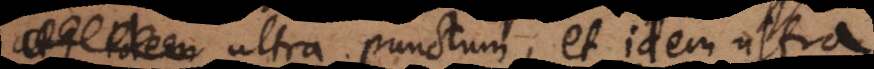
ultra punctum, et idem ultra